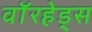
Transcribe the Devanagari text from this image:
वाॅरहेड्स